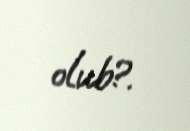
olub?.